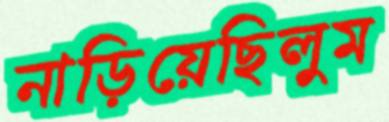
নাড়িয়েছিলুম